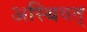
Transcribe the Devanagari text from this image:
अस्थिवत्